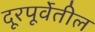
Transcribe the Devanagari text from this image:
दूरपूर्वेतील